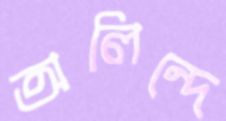
অলিন্দে